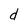
Character: d